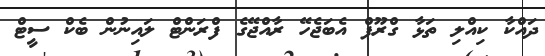
ދައްކާ ކިއްލި ތަޅާ ގްރޫޕް އެބަޖެހޭ ރާއްޖޭގެ ފްރަންޓް ލައިނުން ބެކް ސީޓް